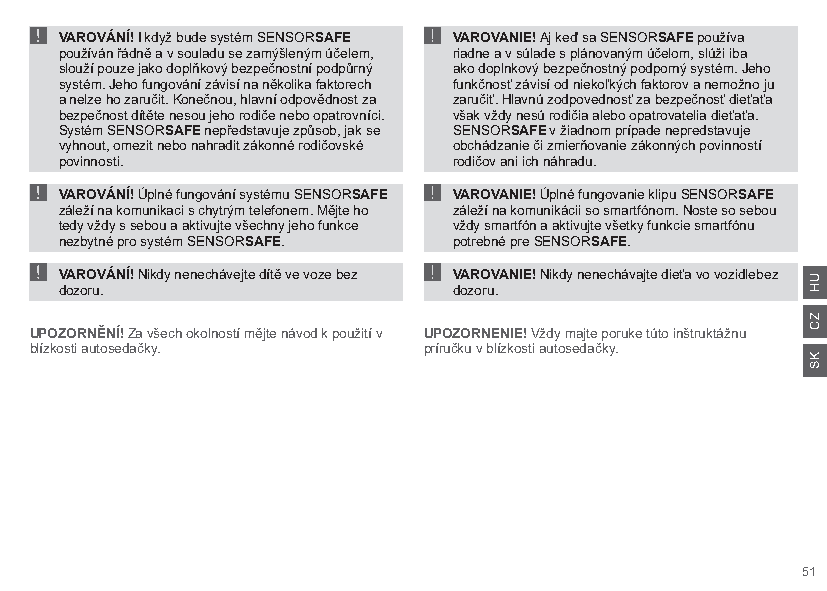
!                         !
 VAROVÁNÍ! I když bude systém SENSORSAFE VAROVANIE! Aj keď sa SENSORSAFE používa
 používán řádně a v souladu se zamýšleným účelem, riadne a v súlade s plánovaným účelom, slúži iba
 slouží pouze jako doplňkový bezpečnostní podpůrný ako doplnkový bezpečnostný podporný systém. Jeho
 systém. Jeho fungování závisí na několika faktorech funkčnosť závisí od niekoľkých faktorov a nemožno ju
 a nelze ho zaručit. Konečnou, hlavní odpovědnost za zaručiť. Hlavnú zodpovednosť za bezpečnosť dieťaťa
 bezpečnost dítěte nesou jeho rodiče nebo opatrovníci. však vždy nesú rodičia alebo opatrovatelia dieťaťa.
 Systém SENSORSAFE nepředstavuje způsob, jak se SENSORSAFE v žiadnom prípade nepredstavuje
 vyhnout, omezit nebo nahradit zákonné rodičovské obchádzanie či zmierňovanie zákonných povinností
 !                         !
 povinnosti.               rodičov ani ich náhradu.
 VAROVÁNÍ! Úplné fungování systému SENSORSAFE VAROVANIE! Úplné fungovanie klipu SENSORSAFE
 záleží na komunikaci s chytrým telefonem. Mějte ho záleží na komunikácii so smartfónom. Noste so sebou
 tedy vždy s sebou a aktivujte všechny jeho funkce vždy smartfón a aktivujte všetky funkcie smartfónu
 !                         !
 nezbytné pro systém SENSORSAFE. potrebné pre SENSORSAFE.
 VAROVÁNÍ! Nikdy nenechávejte dítě ve voze bez VAROVANIE! Nikdy nenechávajte dieťa vo vozidlebez
 dozoru.                   dozoru.
 UPOZORNĚNÍ! Za všech okolností mějte návod k použití v UPOZORNENIE! Vždy majte poruke túto inštruktážnu
 blízkosti autosedačky.    príručku v blízkosti autosedačky.
 51
 UH
 ZC
 KS